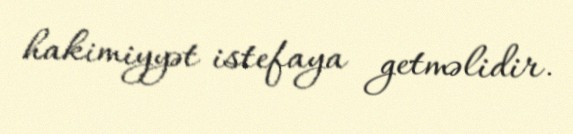
hakimiyyət istefaya getməlidir.